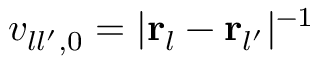
v _ { l l ^ { \prime } , 0 } = | { \bf r } _ { l } - { \bf r } _ { l ^ { \prime } } | ^ { - 1 }